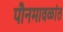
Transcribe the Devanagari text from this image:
पौनमावळांत